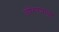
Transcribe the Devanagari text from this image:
डोंगरांमधून